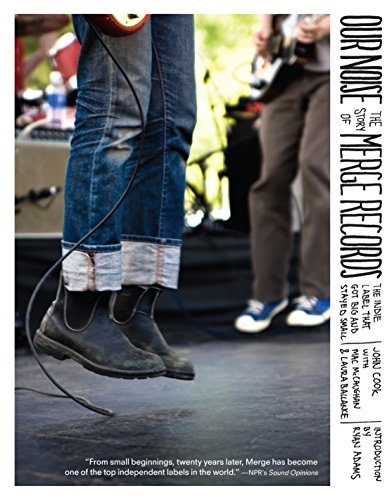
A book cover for Our Noise: The Story of Merge Records, the Indie Label That Got Big and Stayed Small; Laura Ballance; Arts & Photography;